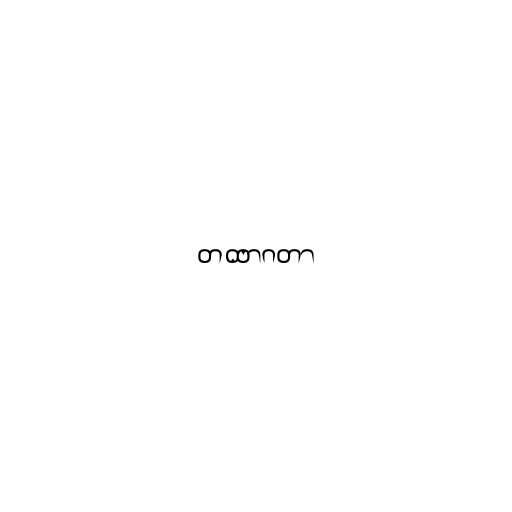
တထာဂတာ